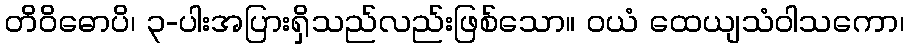
တိဝိဓောပိ၊ ၃-ပါးအပြားရှိသည်လည်းဖြစ်သော။ ဝယံ ထေယျသံဝါသကော၊